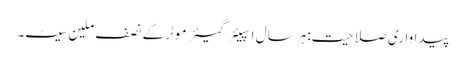
پیداواری صلاحیت: ہر سال اسپیئر گیئر موٹر کے نصف ملین سیٹ۔